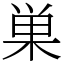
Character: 巣